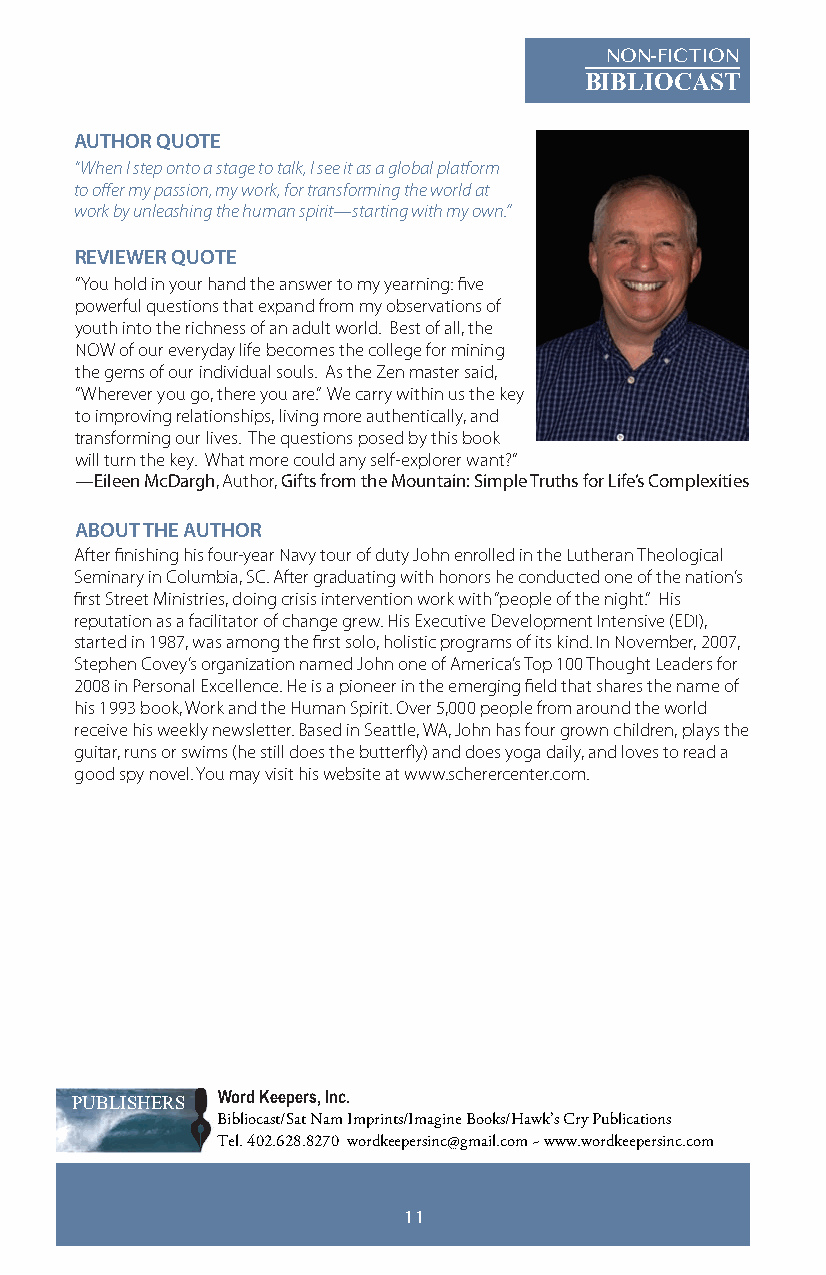
NON-FICTION
 BIBLIOCAST
 AUTHOR QUOTE
 “When I step onto a stage to talk, I see it as a global platform
 to offer my passion, my work, for transforming the world at
 work by unleashing the human spirit—starting with my own.”
 REVIEWER QUOTE
 “You hold in your hand the answer to my yearning: five
 powerful questions that expand from my observations of
 youth into the richness of an adult world. Best of all, the
 NOW of our everyday life becomes the college for mining
 the gems of our individual souls. As the Zen master said,
 “Wherever you go, there you are.” We carry within us the key
 to improving relationships, living more authentically, and
 transforming our lives. The questions posed by this book
 will turn the key. What more could any self-explorer want?”
 —Eileen McDargh, Author, Gifts from the Mountain: Simple Truths for Life’s Complexities
 ABOUT THE AUTHOR
 After finishing his four-year Navy tour of duty John enrolled in the Lutheran Theological
 Seminary in Columbia, SC. After graduating with honors he conducted one of the nation’s
 first Street Ministries, doing crisis intervention work with “people of the night.” His
 reputation as a facilitator of change grew. His Executive Development Intensive (EDI),
 started in 1987, was among the first solo, holistic programs of its kind. In November, 2007,
 Stephen Covey’s organization named John one of America’s Top 100 Thought Leaders for
 2008 in Personal Excellence. He is a pioneer in the emerging field that shares the name of
 his 1993 book, Work and the Human Spirit. Over 5,000 people from around the world
 receive his weekly newsletter. Based in Seattle, WA, John has four grown children, plays the
 guitar, runs or swims (he still does the butterfly) and does yoga daily, and loves to read a
 good spy novel. You may visit his website at www.scherercenter.com.
 PUBLISHERS Word Keepers, Inc.
 Bibliocast/Sat Nam Imprints/Imagine Books/Hawk’s Cry Publications
 Tel. 402.628.8270 wordkeepersinc@gmail.com ~ www.wordkeepersinc.com
 11